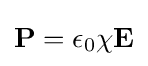
\mathbf {P} =\epsilon _{0}\chi \mathbf {E}